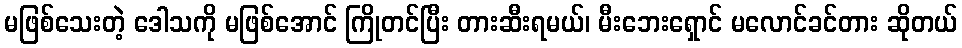
မဖြစ်သေးတဲ့ ဒေါသကို မဖြစ်အောင် ကြိုတင်ပြီး တားဆီးရမယ်၊ မီးဘေးရှောင် မလောင်ခင်တား ဆိုတယ်